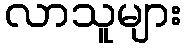
လာသူများ